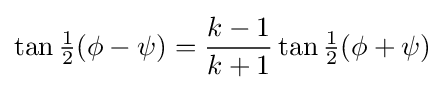
\tan {\tfrac {1}{2}}(\phi -\psi )={\frac {k-1}{k+1}}\tan {\tfrac {1}{2}}(\phi +\psi )